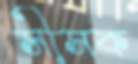
সীসক